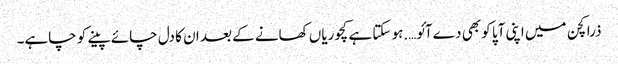
ذرا کچن میں اپنی آپا کو بھی دے آئو….ہو سکتا ہے کچوریاں کھانے کے بعد ان کا دل چائے پینے کو چاہے۔